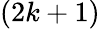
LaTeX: (2k+1)